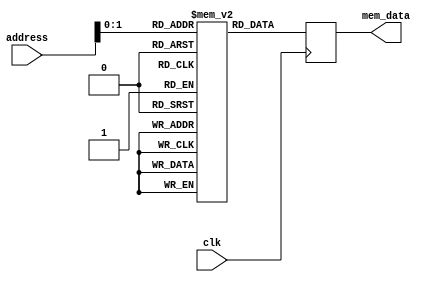
module simple_mem(address, mem_data, clk);

input [7:0] address;
output [17:0] mem_data;
input clk;

reg [17:0] data_out;
wire [17:0] mem_data;

parameter MEM_SIZE = 4;
integer k;
reg [17:0] memory [0:MEM_SIZE - 1];

initial
begin
for (k = 0; k < MEM_SIZE - 1; k = k + 1)
begin
    memory[k] = k;
end
end

assign mem_data = data_out;

always@(posedge clk) begin
    data_out <= memory[address] ;
end

endmodule